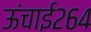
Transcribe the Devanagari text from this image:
ऊंचाई२६४